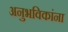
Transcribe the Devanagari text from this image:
अनुभविकांना